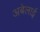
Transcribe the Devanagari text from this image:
अबेलाई